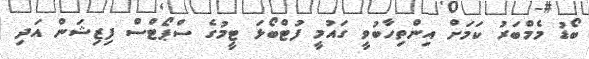
ބޯޑު މެމްބަރު ކަމަށް އިންތިހާބުވީ ގައުމީ ފުޓްބޯޅަ ޓީމުގެ ސްޕޯޓްސް ފިޒިޝަން އަދި